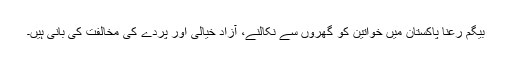
بیگم رعنا پاکستان میں خواتین کو گھروں سے نکالنے، آزاد خیالی اور پردے کی مخالفت کی بانی ہیں۔